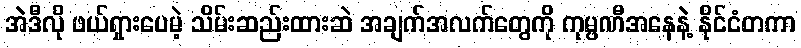
အဲဒီလို ဖယ်ရှားပေမဲ့ သိမ်းဆည်းထားဆဲ အချက်အလက်တွေကို ကုမ္ပဏီအနေနဲ့ နိုင်ငံတကာ